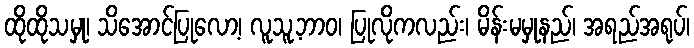
ထိုထိုသမှု၊ သိအောင်ပြုလော့၊ လူသူ့ဘာဝ၊ ပြုလိုကလည်း၊ မိန်းမမှုနည်၊ အရည်အရုပ်၊